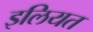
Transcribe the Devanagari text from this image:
इलियत